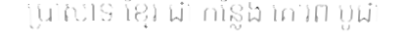
ប្រាសាទ ខ្មែរ ជា កន្លែង គោរព បូជា